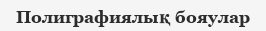
Полиграфиялық бояулар